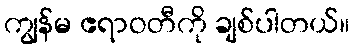
ကျွန်မ ဧရာဝတီကို ချစ်ပါတယ်။